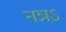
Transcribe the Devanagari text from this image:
नन्नऽ